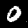
Digit: 0